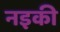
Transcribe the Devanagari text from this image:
नइकी